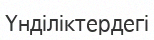
Үнділіктердегі